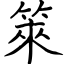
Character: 箂